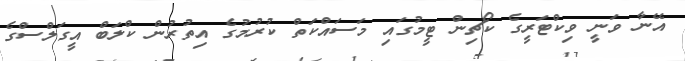
އޭނާ ވަނީ ވިކްޓަރީގެ ކޯޗިން ޓީމުގައި މަސައްކަތް ކުރުމުގެ އިތުރުން ކްލަބް އީގަލްސްގެ